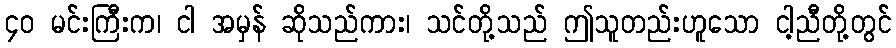
၄၀ မင်းကြီးက၊ ငါ အမှန် ဆိုသည်ကား၊ သင်တို့သည် ဤသူတည်းဟူသော ငါ့ညီတို့တွင်